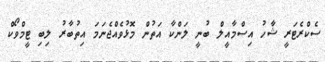
ސެކްރެޓަރީ ޝާހު އިސްމާއީލް ބުނީ ލަންކާ އަތުން މޮޅުވެއްޖެނަމަ އިތުބާރު ލިބި ޓީމްވޯކް